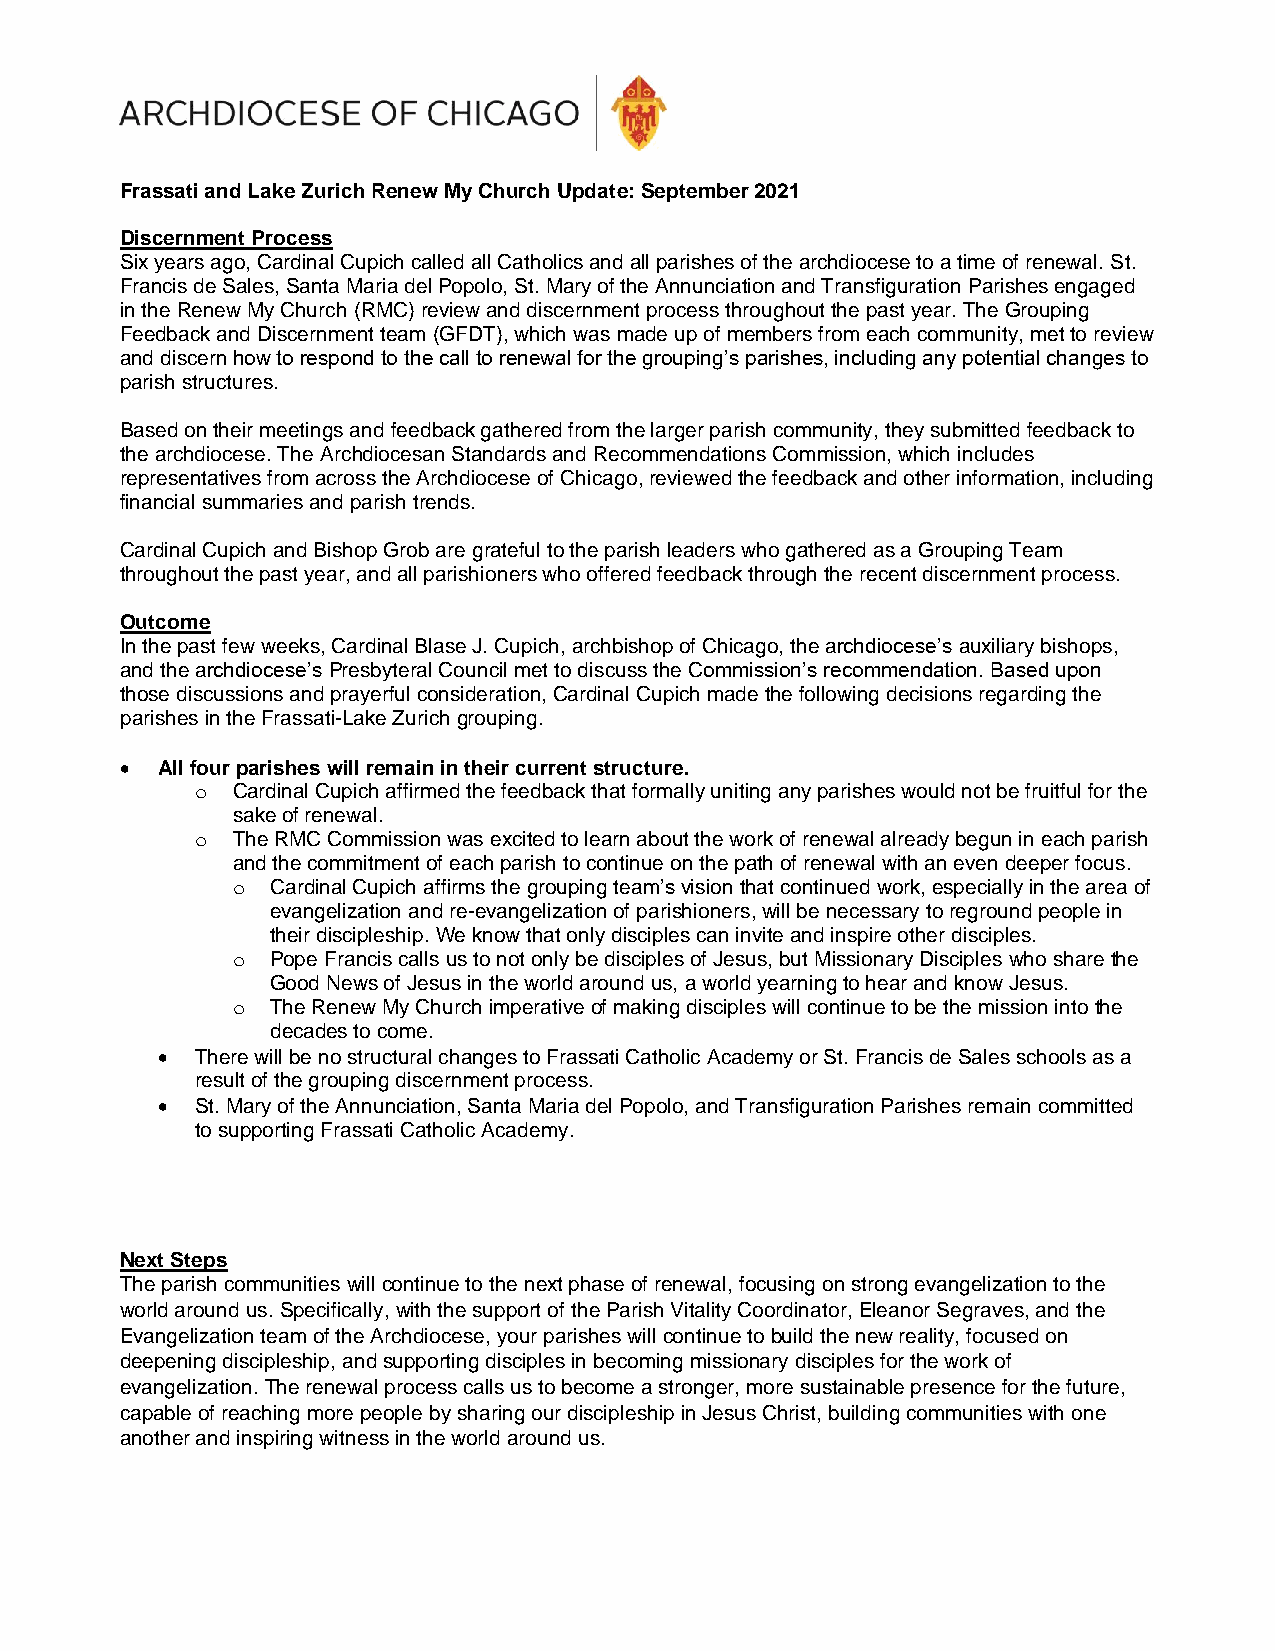
Frassati and Lake Zurich Renew My Church Update: September 2021
 Discernment Process
 Six years ago, Cardinal Cupich called all Catholics and all parishes of the archdiocese to a time of renewal. St.
 Francis de Sales, Santa Maria del Popolo, St. Mary of the Annunciation and Transfiguration Parishes engaged
 in the Renew My Church (RMC) review and discernment process throughout the past year. The Grouping
 Feedback and Discernment team (GFDT), which was made up of members from each community, met to review
 and discern how to respond to the call to renewal for the grouping’s parishes, including any potential changes to
 parish structures.
 Based on their meetings and feedback gathered from the larger parish community, they submitted feedback to
 the archdiocese. The Archdiocesan Standards and Recommendations Commission, which includes
 representatives from across the Archdiocese of Chicago, reviewed the feedback and other information, including
 financial summaries and parish trends.
 Cardinal Cupich and Bishop Grob are grateful to the parish leaders who gathered as a Grouping Team
 throughout the past year, and all parishioners who offered feedback through the recent discernment process.
 Outcome
 In the past few weeks, Cardinal Blase J. Cupich, archbishop of Chicago, the archdiocese’s auxiliary bishops,
 and the archdiocese’s Presbyteral Council met to discuss the Commission’s recommendation. Based upon
 those discussions and prayerful consideration, Cardinal Cupich made the following decisions regarding the
 parishes in the Frassati-Lake Zurich grouping.
 • All four parishes will remain in their current structure.
 o Cardinal Cupich affirmed the feedback that formally uniting any parishes would not be fruitful for the
 sake of renewal.
 o The RMC Commission was excited to learn about the work of renewal already begun in each parish
 and the commitment of each parish to continue on the path of renewal with an even deeper focus.
 o  Cardinal Cupich affirms the grouping team’s vision that continued work, especially in the area of
 evangelization and re-evangelization of parishioners, will be necessary to reground people in
 their discipleship. We know that only disciples can invite and inspire other disciples.
 o  Pope Francis calls us to not only be disciples of Jesus, but Missionary Disciples who share the
 Good News of Jesus in the world around us, a world yearning to hear and know Jesus.
 o  The Renew My Church imperative of making disciples will continue to be the mission into the
 decades to come.
 •  There will be no structural changes to Frassati Catholic Academy or St. Francis de Sales schools as a
 result of the grouping discernment process.
 •  St. Mary of the Annunciation, Santa Maria del Popolo, and Transfiguration Parishes remain committed
 to supporting Frassati Catholic Academy.
 Next Steps
 The parish communities will continue to the next phase of renewal, focusing on strong evangelization to the
 world around us. Specifically, with the support of the Parish Vitality Coordinator, Eleanor Segraves, and the
 Evangelization team of the Archdiocese, your parishes will continue to build the new reality, focused on
 deepening discipleship, and supporting disciples in becoming missionary disciples for the work of
 evangelization. The renewal process calls us to become a stronger, more sustainable presence for the future,
 capable of reaching more people by sharing our discipleship in Jesus Christ, building communities with one
 another and inspiring witness in the world around us.